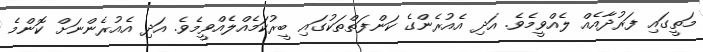
މަތީގައި ފަރުދާއެއް ލެއްވީމެވެ. އަދި އެއުރެންގެ ކަންފަތްތަކުގައި ބީރުކަމެއްލެއްވީމެވެ. އަދި އެއުރެންނަށް ކޮންމެ